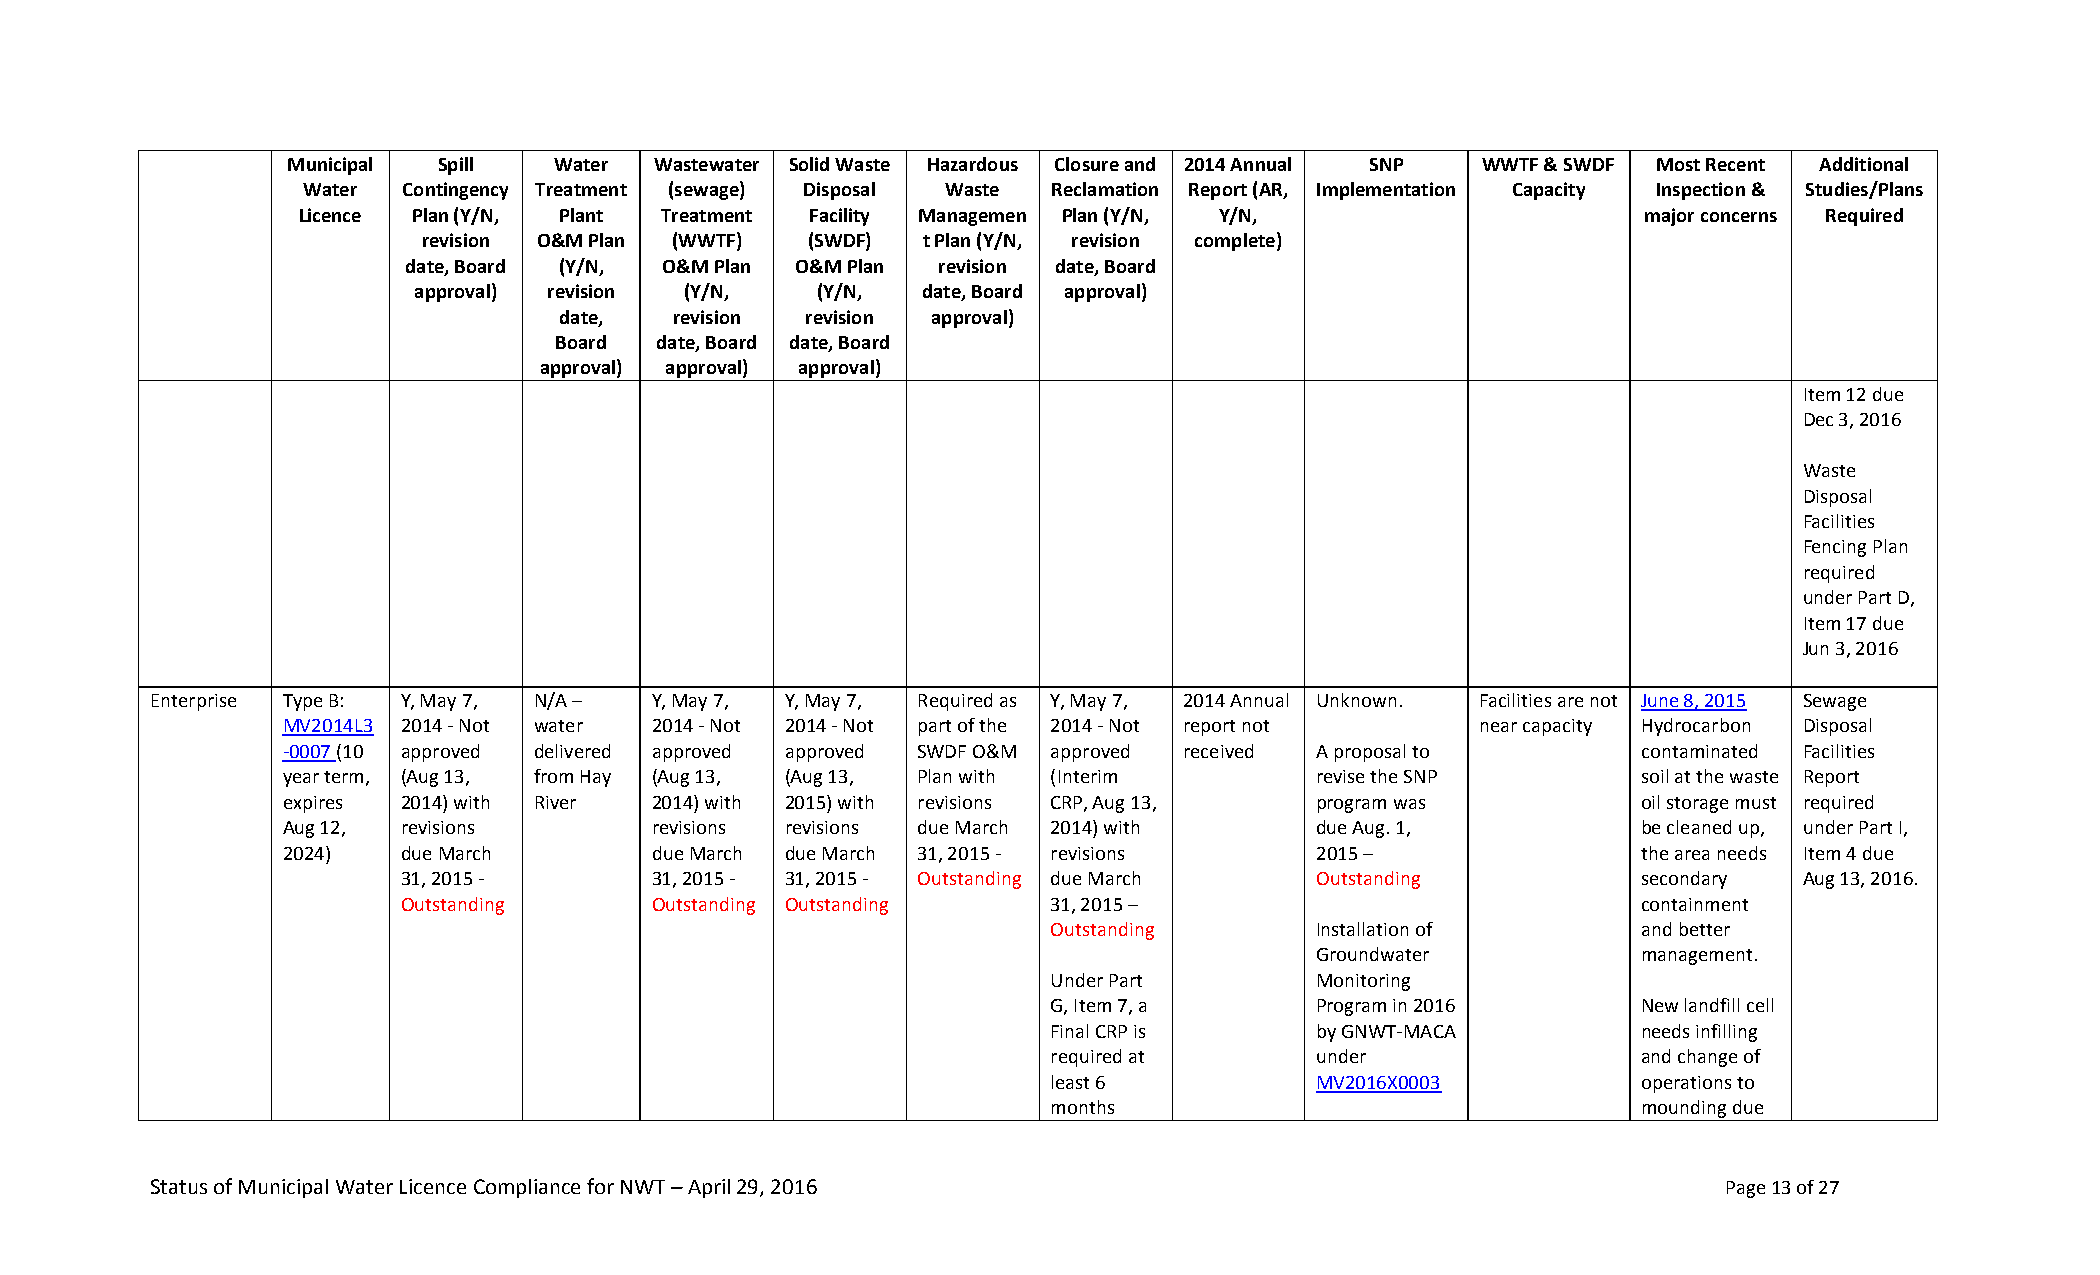
Municipal Spill   Water Wastewater Solid Waste Hazardous Closure and 2014 Annual SNP WWTF & SWDF Most Recent Additional
 Water  Contingency Treatment (sewage) Disposal Waste Reclamation Report (AR, Implementation Capacity Inspection & Studies/Plans
 Licence Plan (Y/N, Plant Treatment Facility Managemen Plan (Y/N, Y/N,                    major concerns Required
 revision O&M Plan (WWTF) (SWDF)  t Plan (Y/N, revision complete)
 date, Board (Y/N, O&M Plan O&M Plan revision date, Board
 approval) revision (Y/N,   (Y/N,  date, Board approval)
 date,   revision revision approval)
 Board date, Board date, Board
 approval) approval) approval)
 Item 12 due
 Dec 3, 2016
 Waste
 Disposal
 Facilities
 Fencing Plan
 required
 under Part D,
 Item 17 due
 Jun 3, 2016
 Enterprise Type B: Y, May 7, N/A – Y, May 7, Y, May 7, Required as Y, May 7, 2014 Annual Unknown. Facilities are not June 8, 2015 Sewage
 MV2014L3 2014 - Not water 2014 - Not 2014 - Not part of the 2014 - Not report not near capacity Hydrocarbon Disposal
 -0007 (10 approved delivered approved approved SWDF O&M approved received A proposal to   contaminated Facilities
 year term, (Aug 13, from Hay (Aug 13, (Aug 13, Plan with (Interim   revise the SNP        soil at the waste Report
 expires 2014) with River 2014) with 2015) with revisions CRP, Aug 13, program was         oil storage must required
 Aug 12, revisions       revisions revisions due March 2014) with    due Aug. 1,           be cleaned up, under Part I,
 2024)   due March       due March due March 31, 2015 - revisions    2015 –                the area needs Item 4 due
 31, 2015 -      31, 2015 - 31, 2015 - Outstanding due March Outstanding           secondary Aug 13, 2016.
 Outstanding     Outstanding Outstanding    31, 2015 –                             containment
 Outstanding      Installation of       and better
 Groundwater           management.
 Under Part       Monitoring
 G, Item 7, a     Program in 2016       New landfill cell
 Final CRP is     by GNWT-MACA          needs infilling
 required at      under                 and change of
 least 6          MV2016X0003           operations to
 months                                 mounding due
 Status of Municipal Water Licence Compliance for NWT – April 29, 2016                                   Page 13 of 27